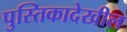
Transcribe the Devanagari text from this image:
पुस्तिकादेखील